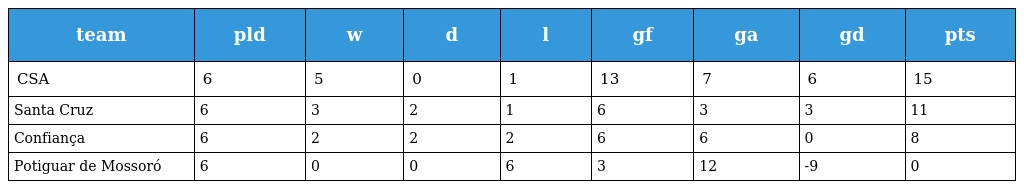
| team | pld | w | d | l | gf | ga | gd | pts |
 | --- | --- | --- | --- | --- | --- | --- | --- | --- |
 | CSA | 6 | 5 | 0 | 1 | 13 | 7 | 6 | 15 |
 | Santa Cruz | 6 | 3 | 2 | 1 | 6 | 3 | 3 | 11 |
 | Confiança | 6 | 2 | 2 | 2 | 6 | 6 | 0 | 8 |
 | Potiguar de Mossoró | 6 | 0 | 0 | 6 | 3 | 12 | -9 | 0 |